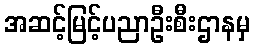
အဆင့်မြင့်ပညာဦးစီးဌာနမှ